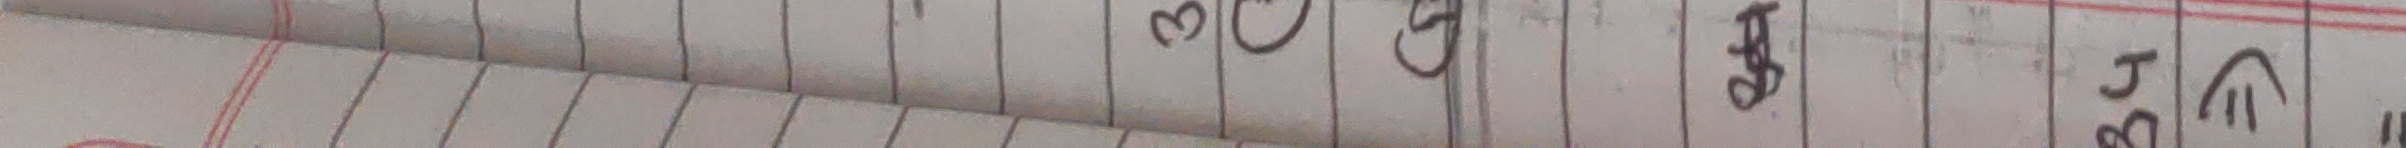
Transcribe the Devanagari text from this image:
३ ग झ भ य